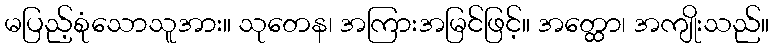
မပြည့်စုံသောသူအား။ သုတေန၊ အကြားအမြင်ဖြင့်။ အတ္ထော၊ အကျိုးသည်။